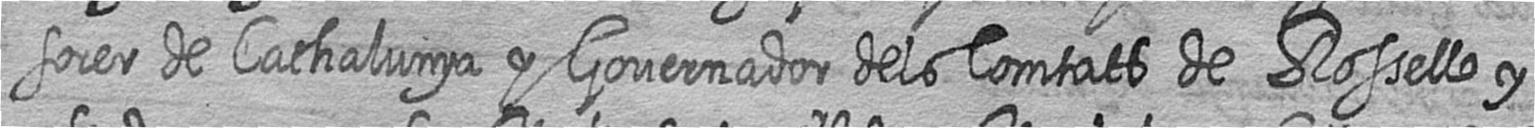
sorer de Cathalunya y Governador dels Comtats de Rosello y